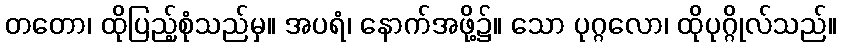
တတော၊ ထိုပြည့်စုံသည်မှ။ အပရံ၊ နောက်အဖို့၌။ သော ပုဂ္ဂလော၊ ထိုပုဂ္ဂိုလ်သည်။